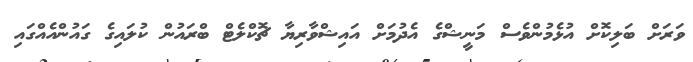
ވަރަށް ބަލިކޮށް އުޅެމުންވެސް މަނީޝްގެ އެދުމަށް އައިޝްވާރިޔާ ޗޮކްލެޓް ބްރައުން ކުލައިގެ ގައުންއެއްގައި